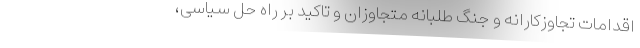
اقدامات تجاوزکارانه و جنگ طلبانه متجاوزان و تاکید بر راه حل سیاسی،